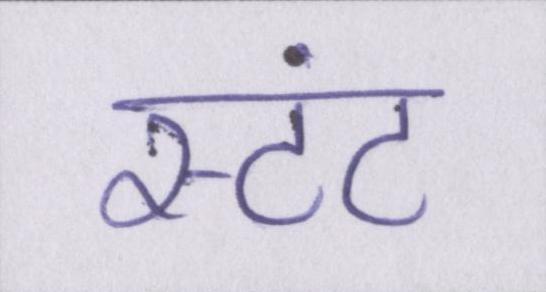
स्टंट